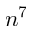
n ^ { 7 }